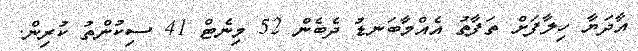
އާދަޔާ ހިލާފަށް ތަފާތު އެއްމާބަނޑު ދެބެން 52 މިނެޓް 41 ސިކުންތު ކުރިން.